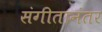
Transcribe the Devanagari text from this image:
संगीतानंतर